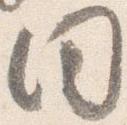
同